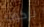
بركوب